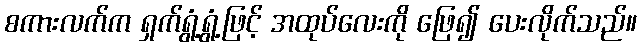
စကားလက်က ရှက်ရွံ့ရွံ့ဖြင့် အထုပ်လေးကို ဖြေ၍ ပေးလိုက်သည်။